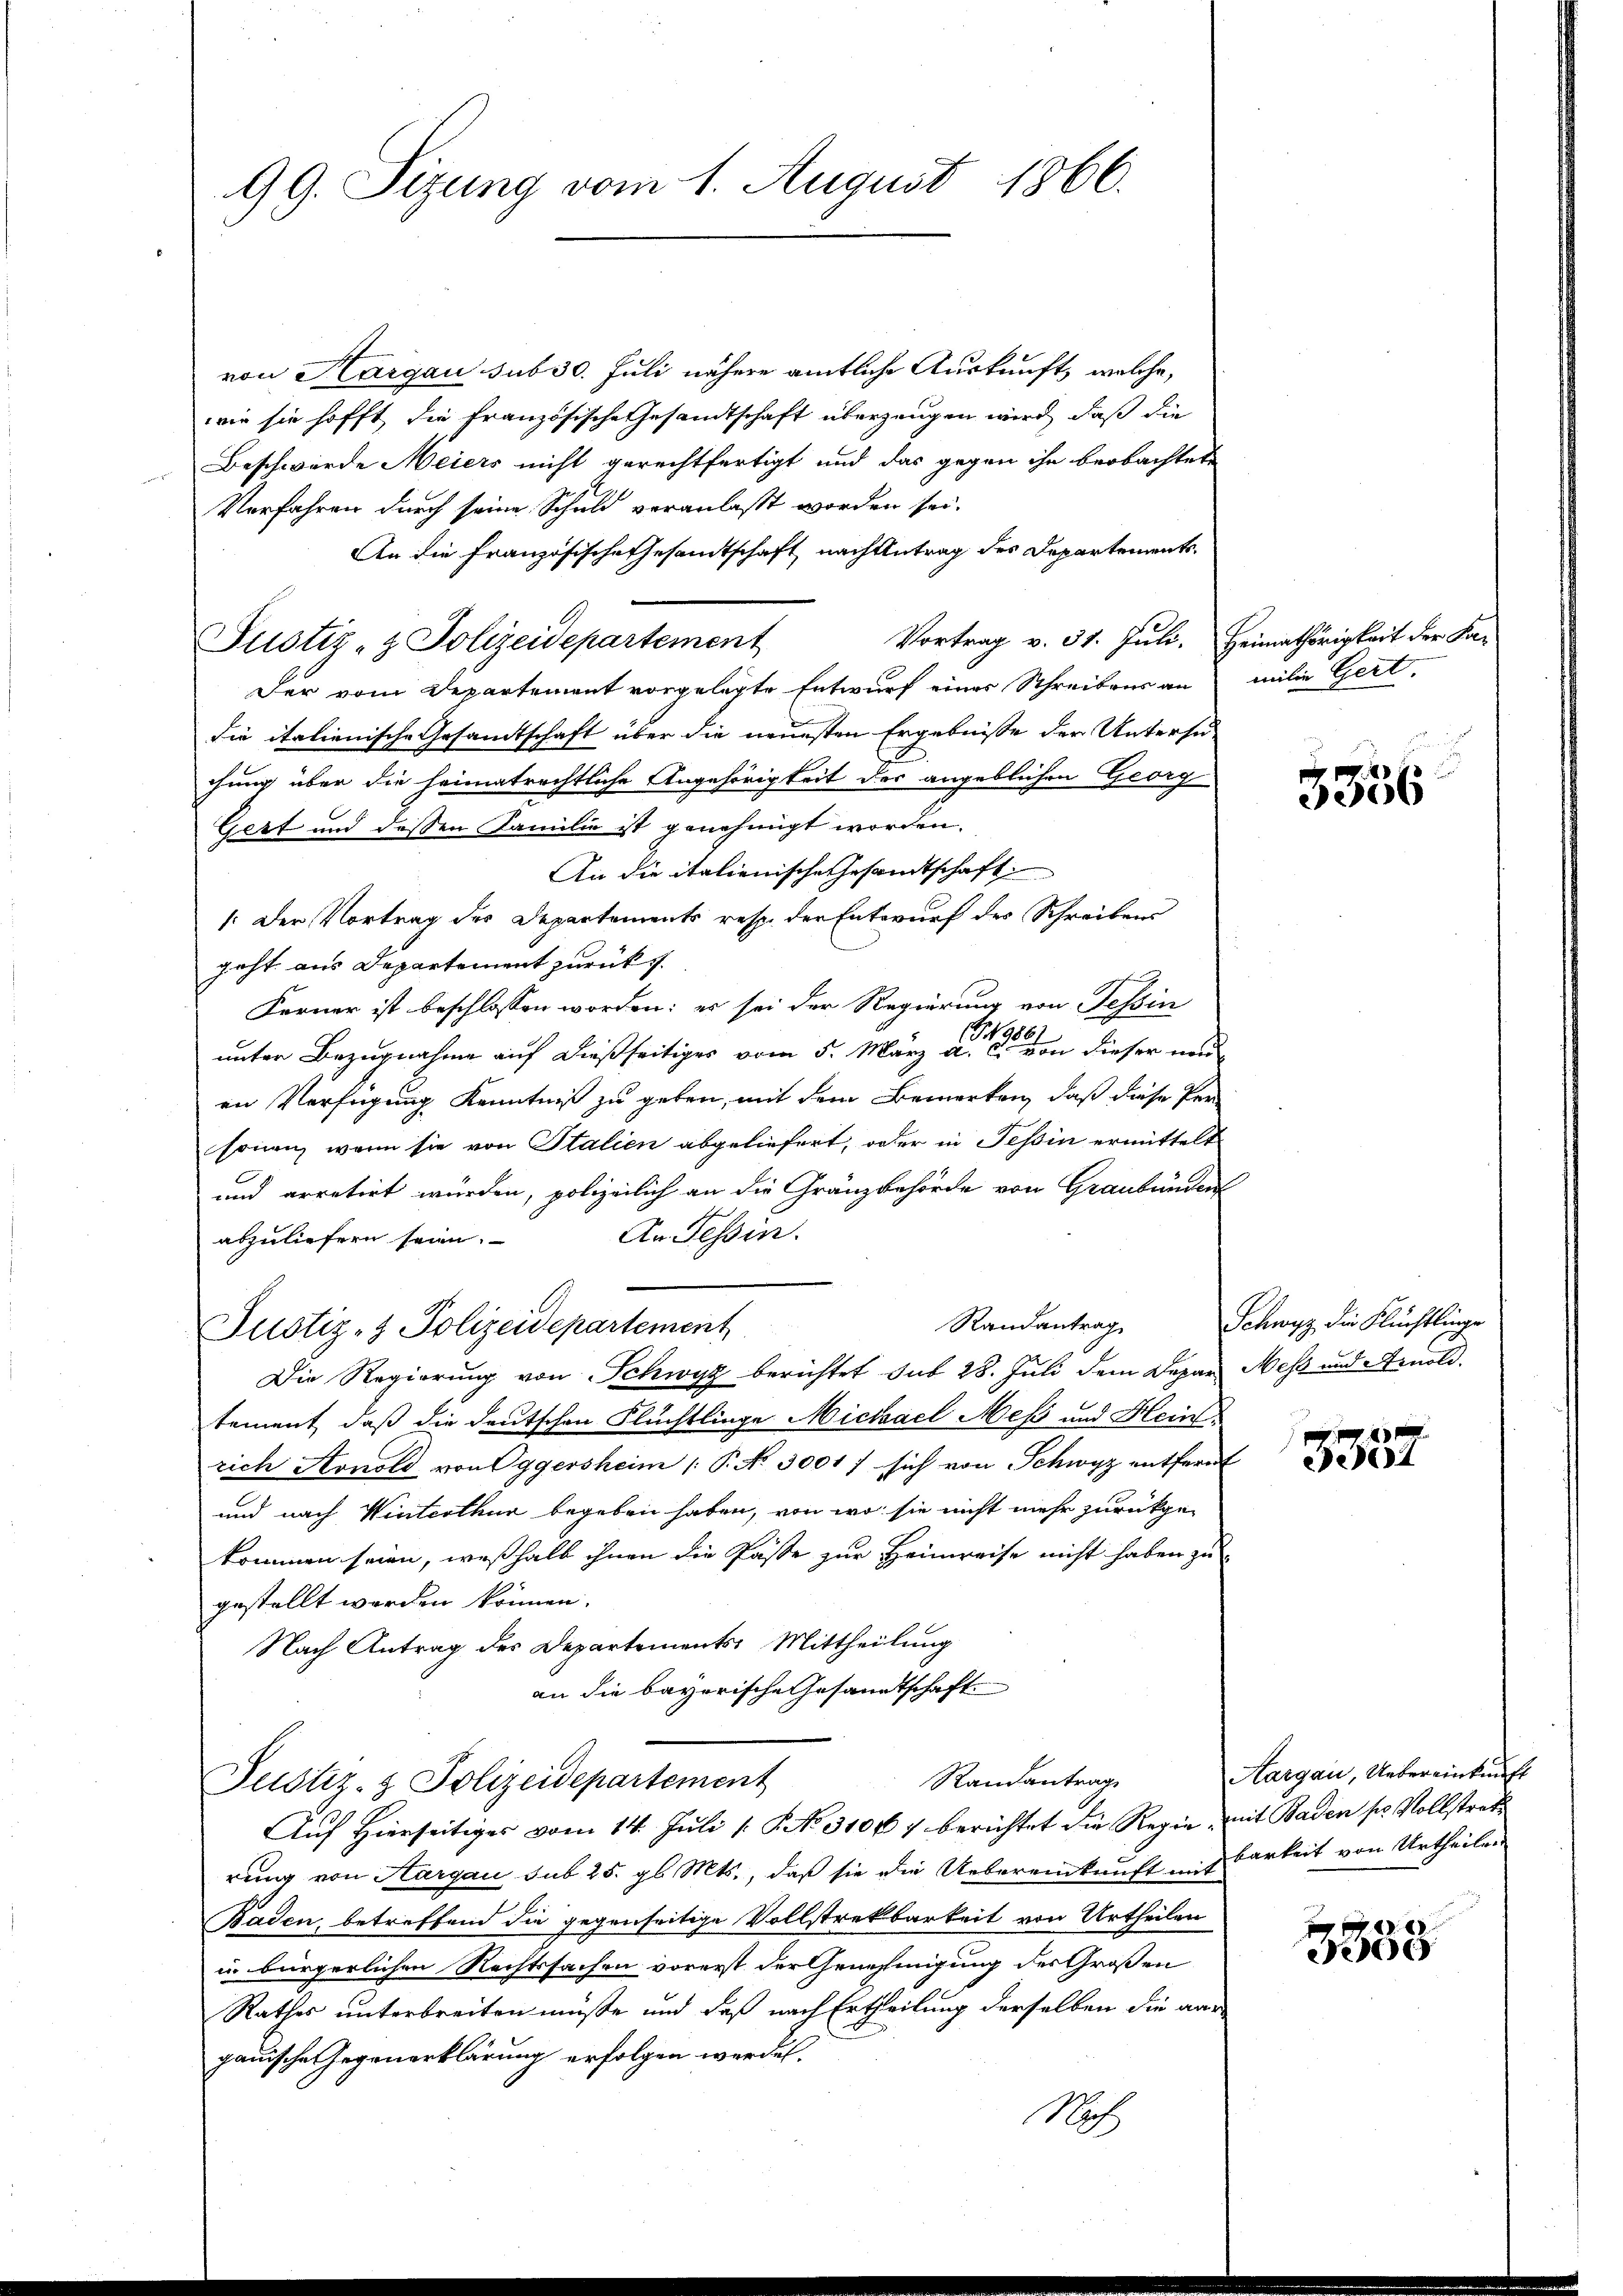
99. Sizung vom 1. August 1866.

von Hargau sub 30. Juli nähere amtliche Auskunft, welche,
wie sie hofft die französische Gesandtschaft überzeugen wird, daß die
Beschwerde Meiers nicht gerechtfertigt und das gegen ihn beobachtete
Verfahren durch seine Schuld veranlaßt worden sei.
An die französische Gesandtschaft nach Antrag des Departements
Vortrag v. 31. Juli. Heimathörigkeit der Fa¬
Justiz- & Polizeidepartement
Der vom Departement vorgelegte Entwurf einer Schreibens an
die italienische Gesandtschaft über die neuesten Ergebnisse der Untersu-
chung über die heimatrechtliche Angehörigkeit der angeblichen Georg
Gert und dessen Familie ist genehmigt worden.
An die italienische Gesandtschaft
/: Der Vortrag des Departements resp. der Entwurf des Schreiben
geht aus Departement zurück f
Ferner ist beschlossen worden: es sei der Regierung von Tessin
S. 1916.
unter Bezugnahme auf dießseitiges vom 5. März a. c. von dieser unen Verfügung Kenntniß zu geben, mit dem Bemerken, daß diese Personen, wenn sie von Italien abgeliefert, oder in Tessin ermittelt
und arretirt würden, polizeilich an die Gränzbehörde von Graubünden
An Tessin.
abzuliefern seien.
Randantrag
Justiz- & Polizeidepartement
Die Regierung von Schwyz berichtet sub 28. Juli dem Depar Mess und Arnold
tement, daß die deutschen Flüchtlinge Michael Meß und Heinrich Arnold von Eggersheim P. No. 3001/ sich von Schwyz entfernt
und nach Winterthur begeben haben, von wo sie nicht mehr zurückgekommen seien, weßhalb ihnen die Pässe zur Heimreise nicht haben zu
gestellt werden können.
Nach Antrag des Departements Mittheilung
an die bayerische Gesandtschaft
Randantrag
Justiz- & Polizeidepartement
Auf Hierseitiges vom 14. Juli 1 S. No. 31067 berichtet die Regie mit Baden ses Vollstrat
rung von Aargau sub 25. gl. Mts., daß sie die Uebereinkunft Barkeit von Urtheilen
Baden, betreffend die gegenseitige Vollstrekbarkeit von Urtheilen
in bürgerlichen Rechtssachen vorerst der Genehmigung des Großen
Rathes unterbreiten müsse und daß nach Ertheilung derselben die aar
gauische Gegenerklärung erfolgen werden.
Noch

milie Gert.

3336

Schwyz die Flüchtlinge

387

Aargau, Uebereinkunft

3333